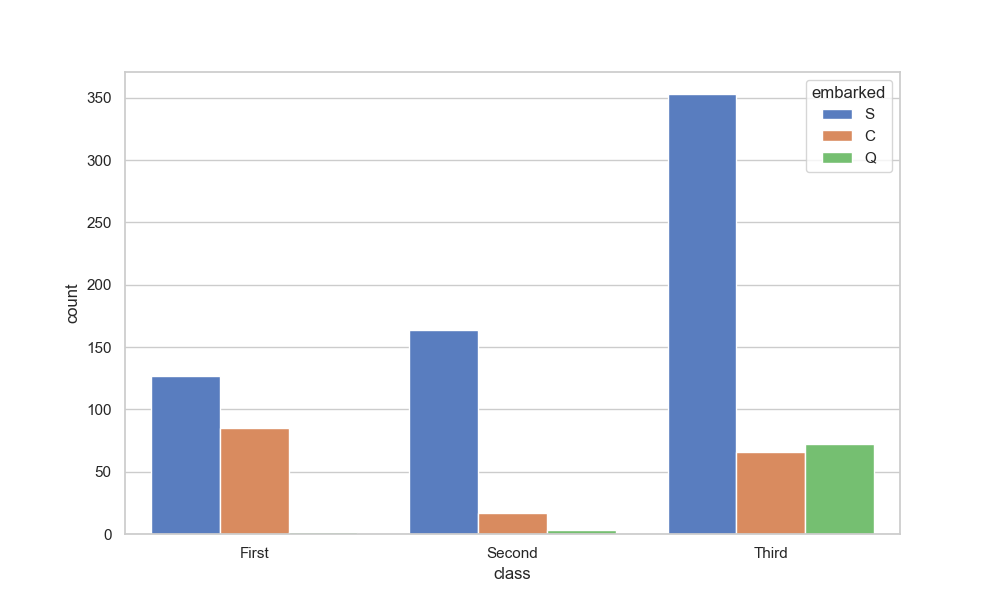
python, seaborn, countplot, x='class', palette='muted', hue='embarked'